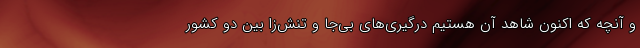
و آنچه که اکنون شاهد آن هستیم درگیری‌های بی‌جا و تنش‌زا بین دو کشور